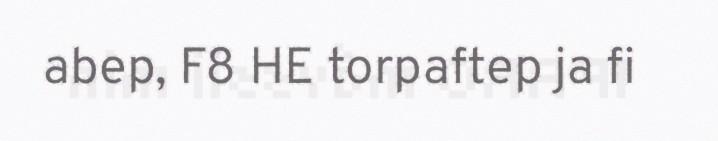
abep, F8 HE torpaftep ja fi